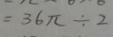
= 3 6 \pi \div 2